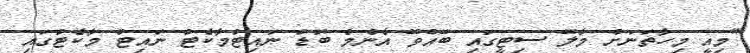
"މިއީ މިހާތަނަށް މާލޭ ސިޓީގައި ބޭއްވޭ އެންމެ ބޮޑު ނައިޓްމާކެޓް ނައިޓް މާކެޓުގައި